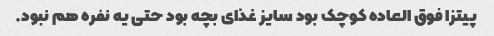
پیتزا فوق العاده کوچک بود سایز غذای بچه بود حتی یه نفره هم نبود.